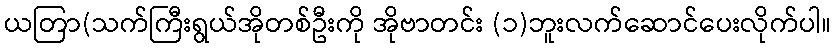
ယတြာ(သက်ကြီးရွယ်အိုတစ်ဦးကို အိုဗာတင်း (၁)ဘူးလက်ဆောင်ပေးလိုက်ပါ။